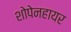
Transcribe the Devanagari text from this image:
शोपेनहायर